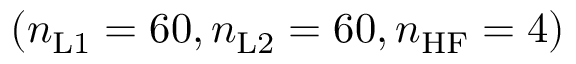
( n _ { \mathrm { L 1 } } = 6 0 , n _ { \mathrm { L 2 } } = 6 0 , n _ { \mathrm { H F } } = 4 )